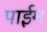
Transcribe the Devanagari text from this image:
पाईम